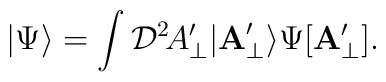
|\Psi\rangle=\int{\cal D}^2\!A'_\perp|{\bf A}'_\perp\rangle\Psi[{\bf A}'_\perp].